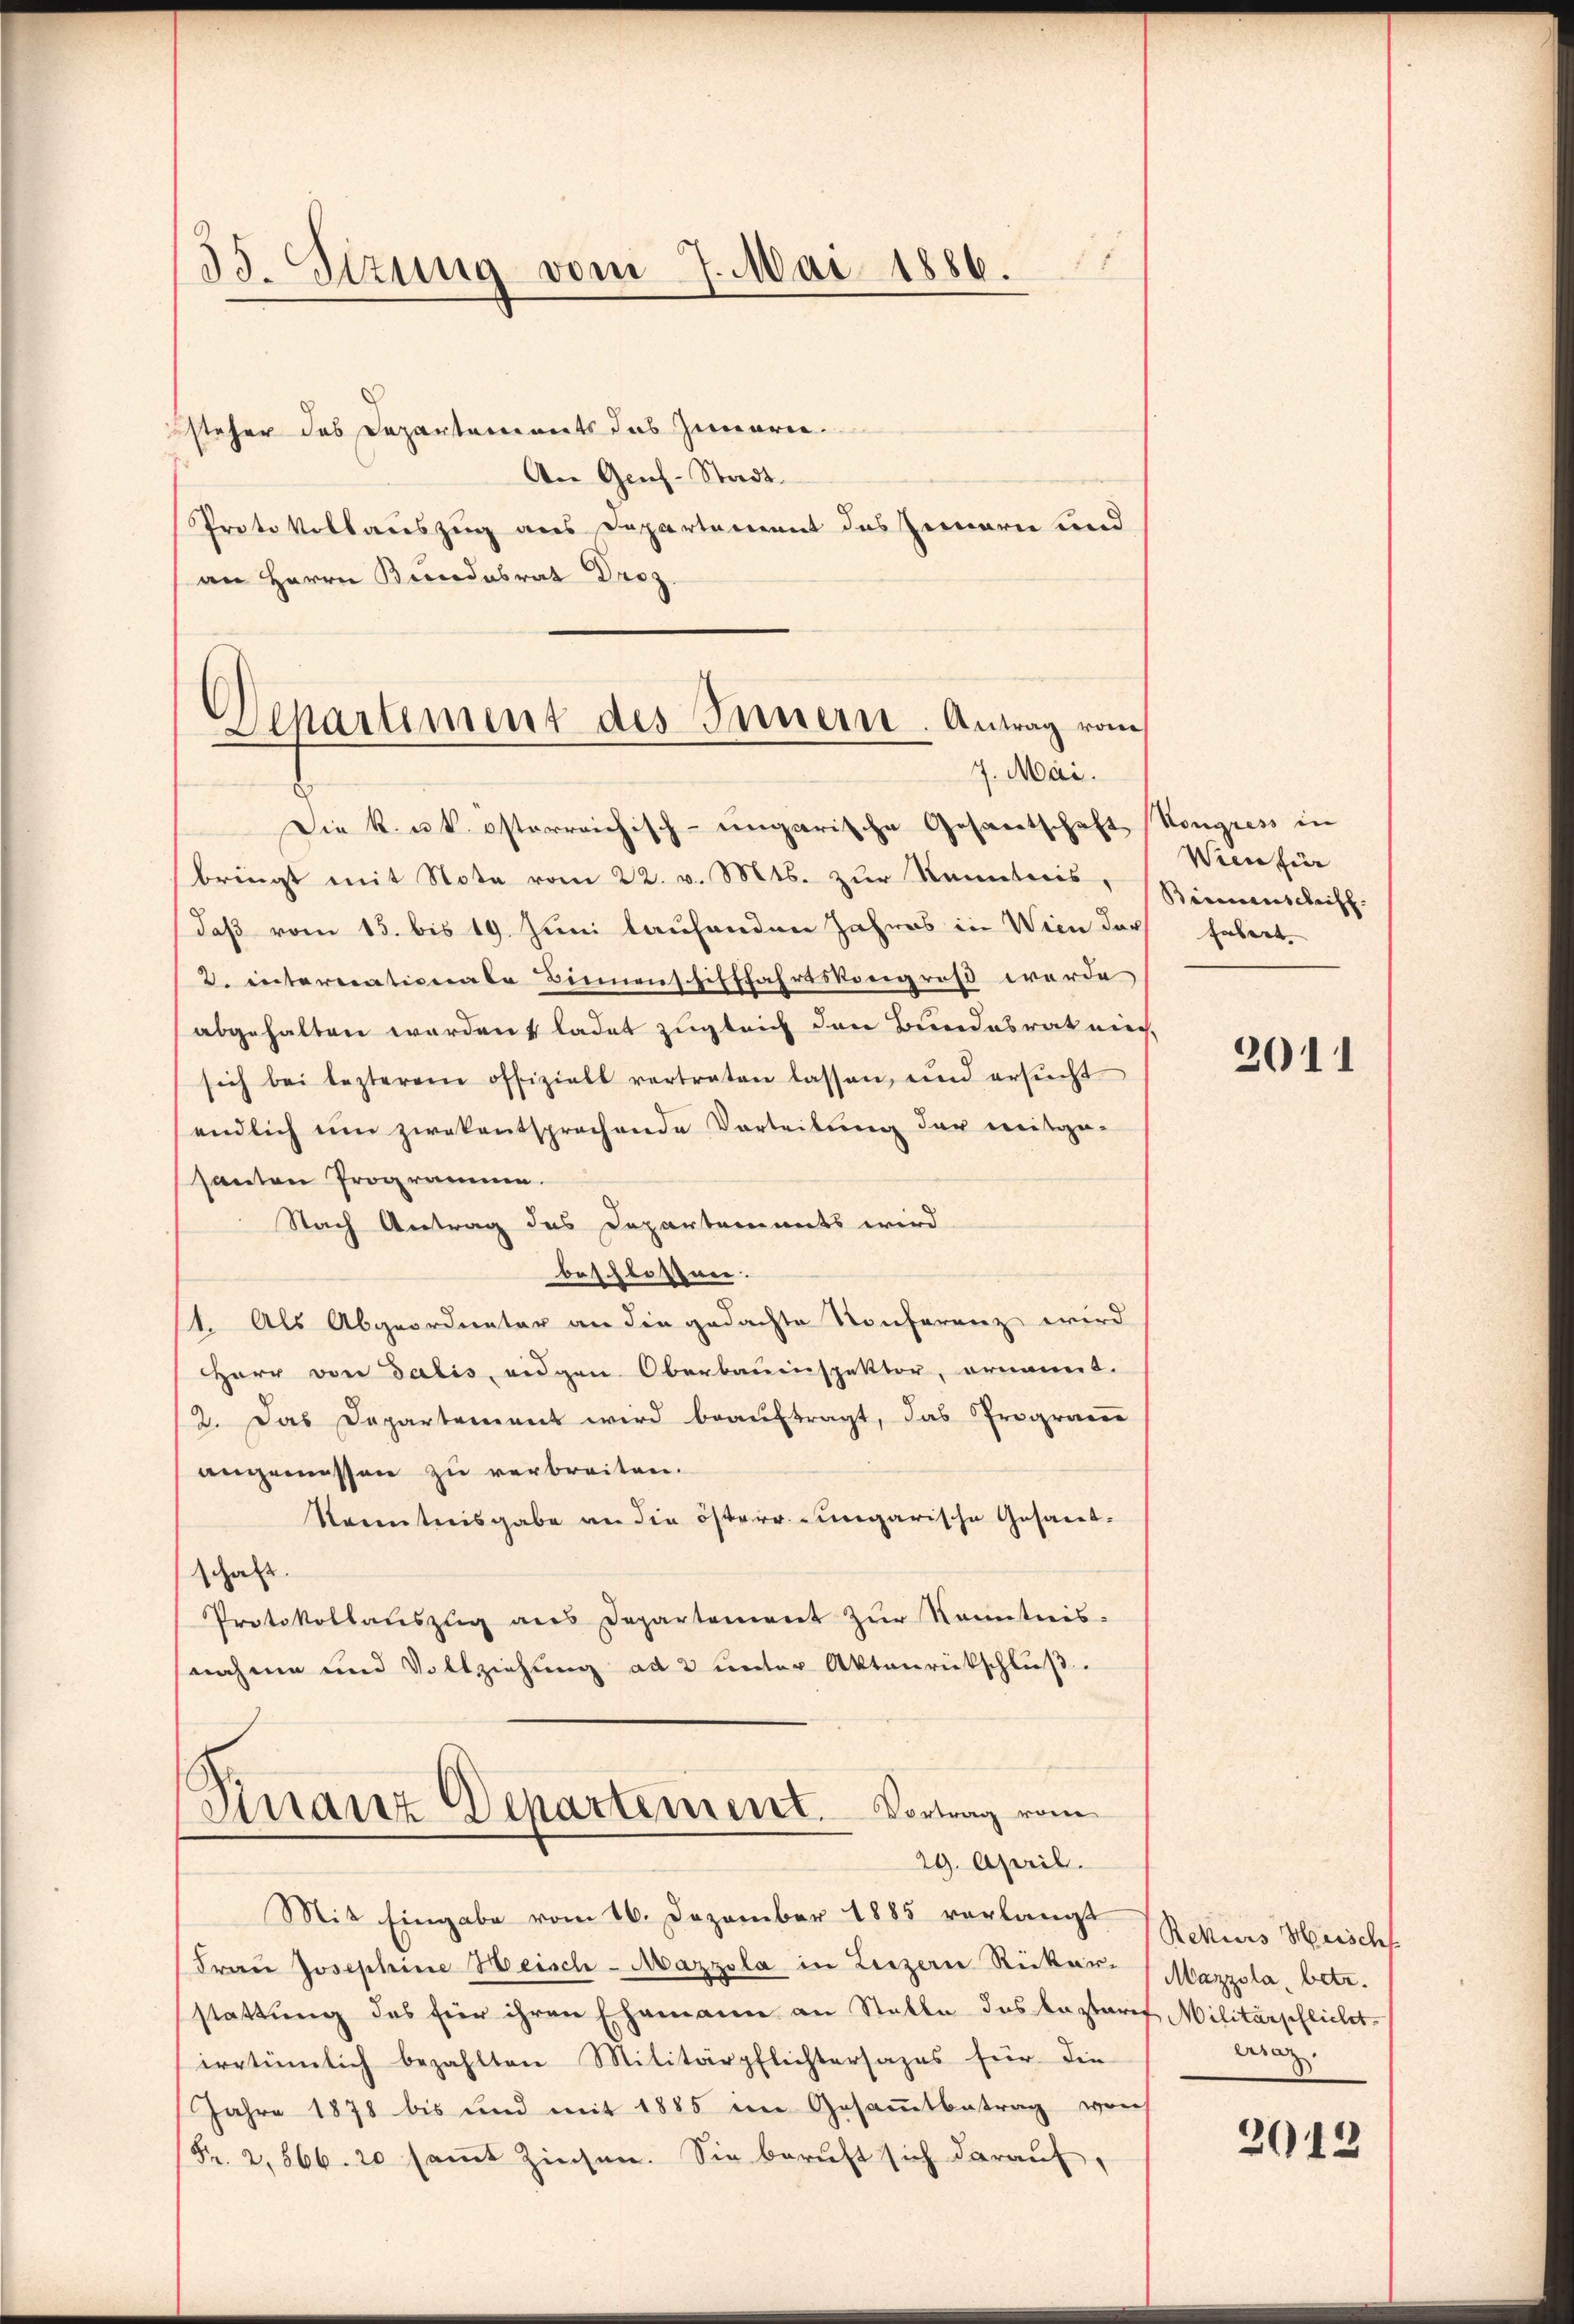
33. Sizung vom 7. Mai 1886.

steher des Departements das Zuwarne¬
An Geich-Stadt.
Protokollauszug aus Departement des Innern und
an Herrn Bundesrat Droz.

Separtiment des Innern. Antrag vom
7. Mai.

Die K. u. k. österreichisch-ungarische Gesantschaft
bringt mit Note vom 22. v. Mts. zŭr Kenntnis,
daß vom 15. bis 19. Juni laufenden Jahres in Wien der habert,
d. internationale Binnenschifffahrtskongroß werde
abgehalten werden, ladet zugleich den Bundesrat nie
sich bei lezterem offizielt vertreten lassen, und ersŭcht
endlich um zwekentsprechende Vorteilung der mitge-
santon Programmen.
Nach Antrag des Departements wird
beschlossen.
1. Als Abgeordneter an die gedachte Konferenz wird
HHerr von Salis, eidgen. Oberbauenspektor, ornannt.
2. Das Departement wird beauftragt, das Prograver
angemessen zu verbreiten.
Kenntnisgabe an die österr. ungarische Gesandschaft.
Protokollauszug aus Departement zur Kenntnis.
nahme und Vollziehung ad 2 unter Aktenrückschluß.
Sirranz Departement. Vortrag vom
29. April.
Mit Eingabe vom 16. Dezember 1885 verlangt
(Frau Josephine Heisch-Mazzola in Liezern Rickar-
stattung des für ihren Ehemann an Stalle des Laztaris Militärpflicht
irrtümlich bezahlten Militärpflichtersages für die
Jahre 1878 bis und mit 1885 im Gesammtbetrag von
Fr. 2. 566. 20 saṁt Zinsen. Sie beruft sich darauf,

Vongress in
Wien für
Baierauschrift. |

2011

Rekurs Heischf
Mazzola, betr.
eraz

2012